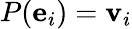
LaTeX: P(\mathbf{e}_{i})=\mathbf{v}_{i}